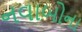
નવાબોના